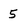
Character: 5